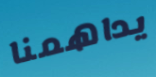
يداهمنا